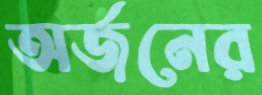
অর্জনের